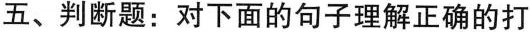
五、判断题：对下面的句子理解正确的打